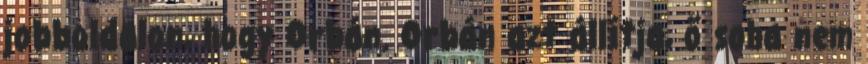
jobboldalon, hogy Orbán. Orbán azt állítja, ő soha nem